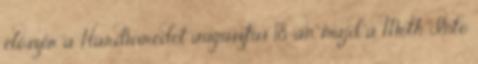
először a Hardwiredot augusztus 18-án, majd a Moth Into